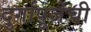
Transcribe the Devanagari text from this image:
दुर्गापूजेची